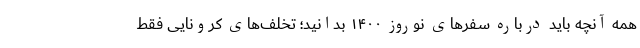
همه آنچه باید درباره سفرهای نوروز ۱۴۰۰ بدانید؛ تخلف‌های کرونایی فقط